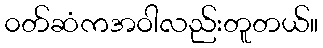
၀တ်ဆံကအဝါလည်းတူတယ်။